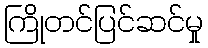
ကြိုတင်ပြင်ဆင်မှု